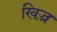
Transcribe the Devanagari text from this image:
खिज़्र